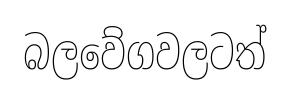
බලවේගවලටත්